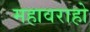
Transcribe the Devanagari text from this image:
महावराहो